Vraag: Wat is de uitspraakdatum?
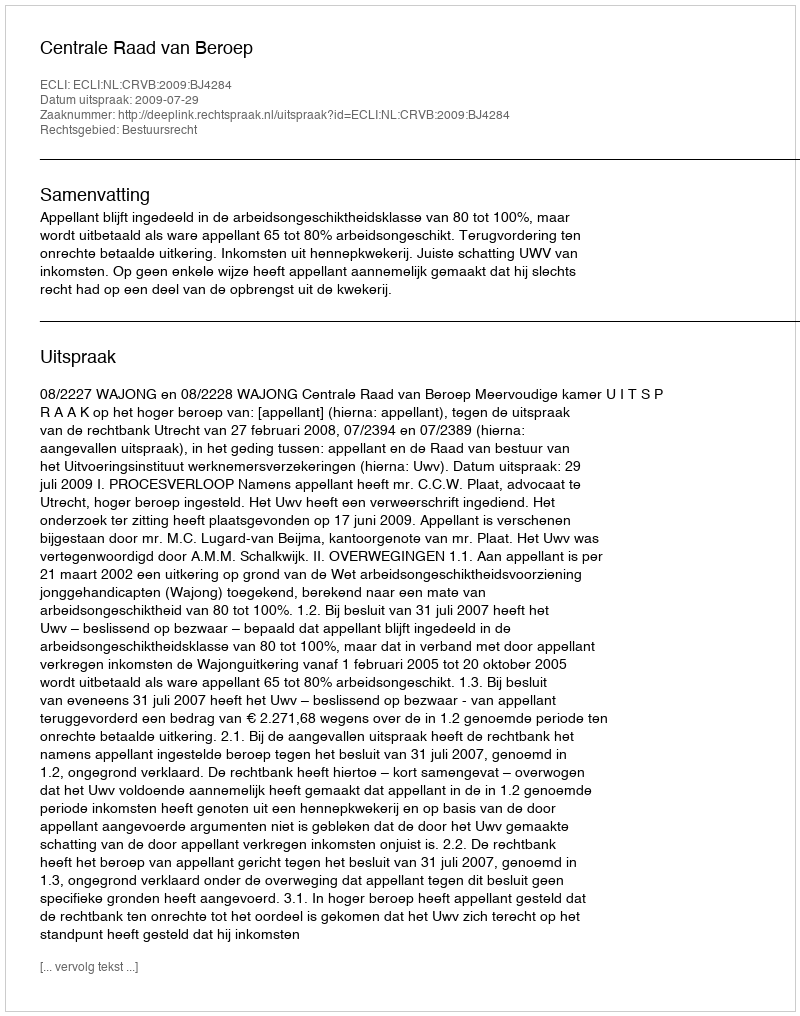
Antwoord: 2009-07-29